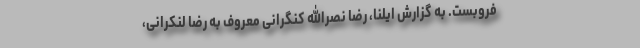
فروبست. به گزارش ایلنا، رضا نصرالله کنگرانی معروف به رضا لنکرانی،